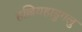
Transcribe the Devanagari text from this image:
हल्लियहाडुगलु